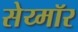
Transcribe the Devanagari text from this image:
सेय्मॉर